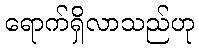
ရောက်ရှိလာသည်ဟု